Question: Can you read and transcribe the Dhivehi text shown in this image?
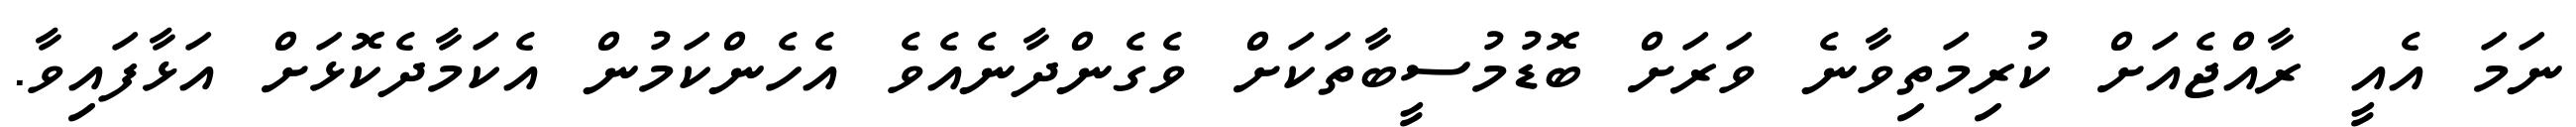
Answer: ނަމަ އެއީ ރާއްޖެއަށް ކުރިމަތިވާނެ ވަރަށް ބޮޑުމުސީބާތަކަށް ވެގެންދާނެއެވެ އެހެންކަމުން އެކަމާދެކޮޅަށް އަޅާފައިވާ.